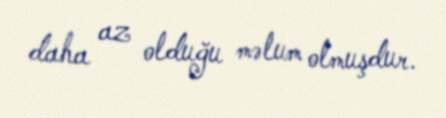
daha az olduğu məlum olmuşdur.